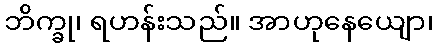
ဘိက္ခု၊ ရဟန်းသည်။ အာဟုနေယျော၊